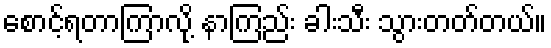
စောင့်ရတာကြာလို့ နာကြည်း ခါးသီး သွားတတ်တယ်။